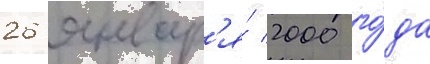
26 январ'я́ 2000 го́да